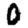
Digit: 0